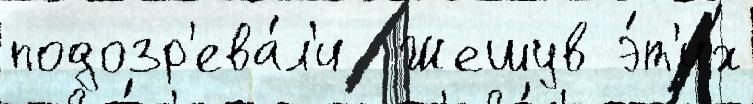
подозр'ева́л'и  Жешув э́т'их